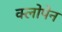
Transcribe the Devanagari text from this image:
क्लोपेन